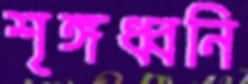
শৃঙ্গধ্বনি